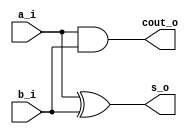
`timescale 1ns / 1ps
//////////////////////////////////////////////////////////////////////////////////
// Company: 
// Engineer: 
// 
// Design Name: 
// Module Name: half_adder
// Project Name: 
// Target Devices: 
// Tool Versions: 
// Description: 
// 
// Dependencies: 
// 
// Revision:
// Revision 0.01 - File Created
// Additional Comments:
// 
//////////////////////////////////////////////////////////////////////////////////


module half_adder
(
input a_i,
input b_i,
output s_o,
output cout_o
);

xor G1 (s_o,a_i,b_i);
and G2 (cout_o,a_i,b_i);


endmodule